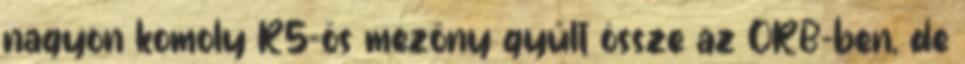
nagyon komoly R5-ös mezőny gyűlt össze az ORB-ben, de